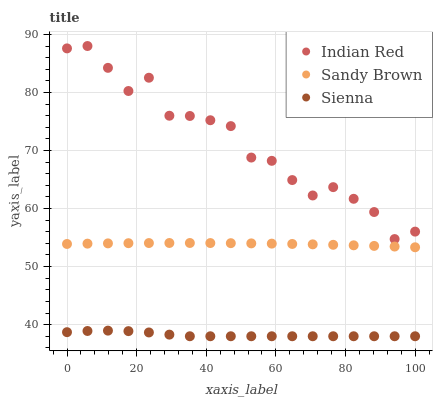
| xaxis_label | Indian Red | Sandy Brown | Sienna |
 | --- | --- | --- | --- |
 | 0 | 87.6 | 53.9 | 38.7 |
 | 5.88 | 88 | 54 | 38.9 |
 | 11.8 | 84.2 | 54 | 39 |
 | 17.6 | 80.2 | 54 | 38.9 |
 | 23.5 | 82.5 | 54.1 | 38.7 |
 | 29.4 | 76 | 54.1 | 38.3 |
 | 35.3 | 75.9 | 54.1 | 38 |
 | 41.2 | 75.2 | 54.1 | 38 |
 | 47.1 | 74.2 | 54 | 38 |
 | 52.9 | 68.8 | 54 | 38 |
 | 58.8 | 68.2 | 54 | 38 |
 | 64.7 | 64.9 | 53.9 | 38 |
 | 70.6 | 62.3 | 53.8 | 38 |
 | 76.5 | 63.7 | 53.8 | 38 |
 | 82.4 | 61.7 | 53.7 | 38 |
 | 88.2 | 59.4 | 53.6 | 38 |
 | 94.1 | 54.7 | 53.5 | 38 |
 | 100 | 56 | 53.3 | 38 |